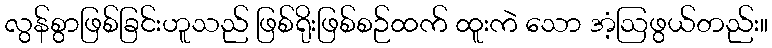
လွန်စွာဖြစ်ခြင်းဟူသည် ဖြစ်ရိုးဖြစ်စဉ်ထက် ထူးကဲ သော အံ့ဩဖွယ်တည်း။